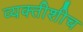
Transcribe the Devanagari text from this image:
व्यक्तीशीच